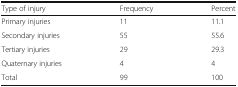
| Type of injury | Frequency | Percent |
 | --- | --- | --- |
 | Primary injuries | 11 | 11.1 |
 | Secondary injuries | 55 | 55.6 |
 | Tertiary injuries | 29 | 29.3 |
 | Quaternary injuries | 4 | 4 |
 | Total | 99 | 100 |